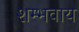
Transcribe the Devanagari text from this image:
शम्भवाय